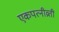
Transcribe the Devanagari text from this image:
एकपत्नीव्रती